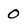
Character: 0